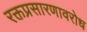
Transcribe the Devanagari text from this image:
रक्तप्रसारणावरोध